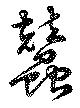
蠶